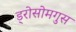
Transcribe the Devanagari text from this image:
ड्रोसोमगुस